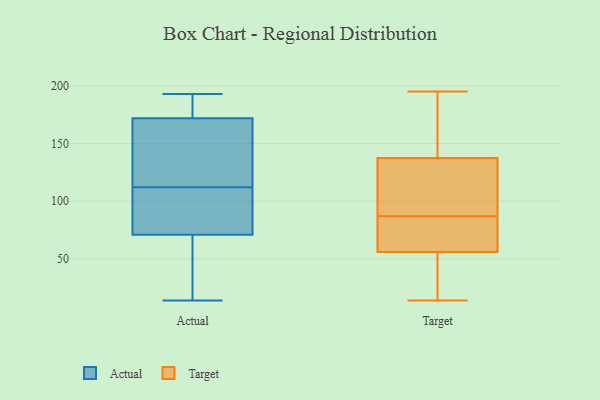
{"axis": {"x": "Gross Profit (USD K)", "y": "Value"}, "legend": ["Actual", "Target"], "data": [{"x": "", "y": 149, "type": "Actual"}, {"x": "", "y": 70, "type": "Actual"}, {"x": "", "y": 121, "type": "Actual"}, {"x": "", "y": 22, "type": "Actual"}, {"x": "", "y": 189, "type": "Actual"}, {"x": "", "y": 83, "type": "Actual"}, {"x": "", "y": 188, "type": "Actual"}, {"x": "", "y": 100, "type": "Actual"}, {"x": "", "y": 112, "type": "Actual"}, {"x": "", "y": 16, "type": "Actual"}, {"x": "", "y": 74, "type": "Actual"}, {"x": "", "y": 109, "type": "Actual"}, {"x": "", "y": 142, "type": "Actual"}, {"x": "", "y": 49, "type": "Actual"}, {"x": "", "y": 193, "type": "Actual"}, {"x": "", "y": 191, "type": "Actual"}, {"x": "", "y": 169, "type": "Actual"}, {"x": "", "y": 14, "type": "Actual"}, {"x": "", "y": 173, "type": "Actual"}, {"x": "", "y": 156, "type": "Target"}, {"x": "", "y": 84, "type": "Target"}, {"x": "", "y": 106, "type": "Target"}, {"x": "", "y": 195, "type": "Target"}, {"x": "", "y": 182, "type": "Target"}, {"x": "", "y": 85, "type": "Target"}, {"x": "", "y": 54, "type": "Target"}, {"x": "", "y": 132, "type": "Target"}, {"x": "", "y": 28, "type": "Target"}, {"x": "", "y": 58, "type": "Target"}, {"x": "", "y": 87, "type": "Target"}, {"x": "", "y": 17, "type": "Target"}, {"x": "", "y": 68, "type": "Target"}, {"x": "", "y": 162, "type": "Target"}, {"x": "", "y": 143, "type": "Target"}, {"x": "", "y": 93, "type": "Target"}, {"x": "", "y": 14, "type": "Target"}, {"x": "", "y": 19, "type": "Target"}, {"x": "", "y": 116, "type": "Target"}, {"x": "", "y": 87, "type": "Target"}]}